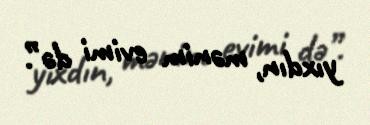
yıxdın, mənim evimi də”.